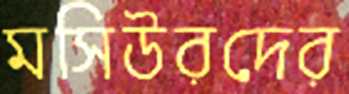
মসিউরদের